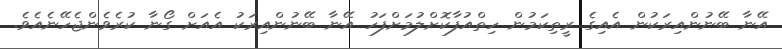
އޭނާ ބޭނުންއިރަކުން އެއިގެ ރީތިކަމުން ހިތްއުފާކޮށްލުމަށްފަހު އޭނާ ބޭނުންއިރަކު އެއަށް ގޯނާ ކުރެވެންޖެހޭނެއެވެ.